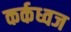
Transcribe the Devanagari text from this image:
कर्कध्वज